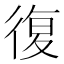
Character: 復